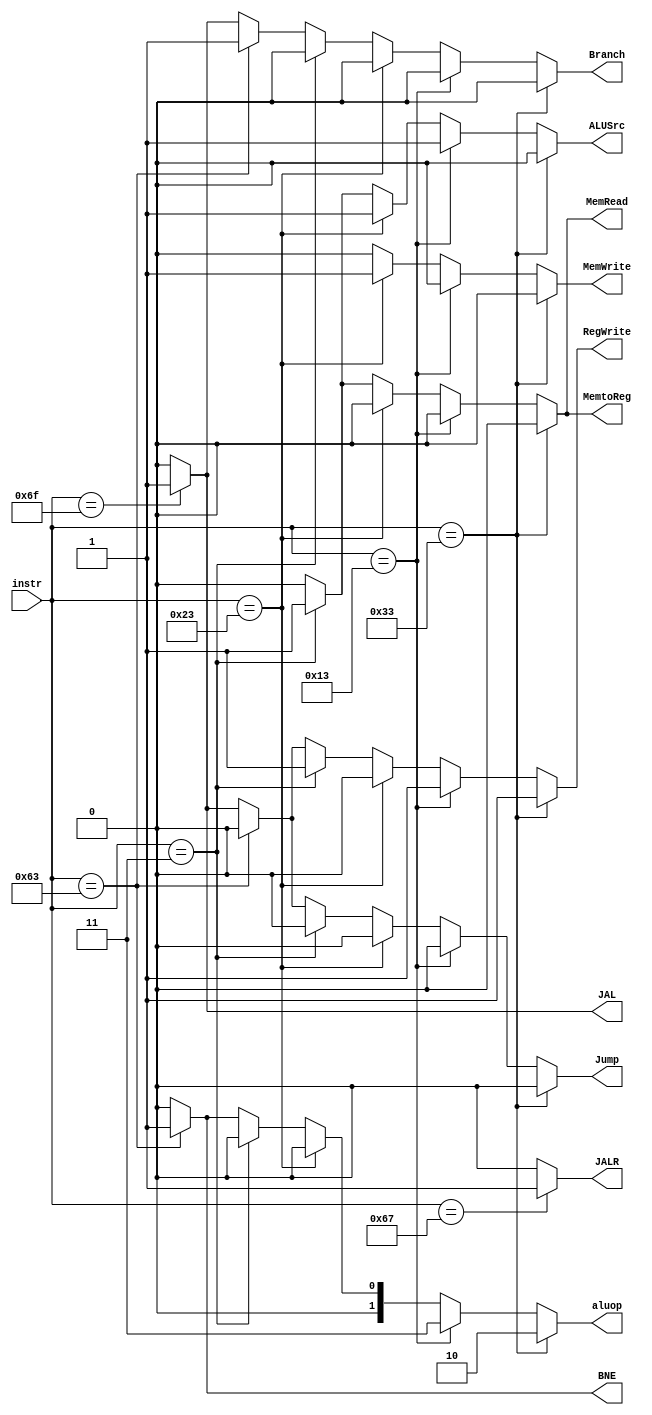
`timescale 1ns / 1ps
//////////////////////////////////////////////////////////////////////////////////
// Company: 
// Engineer: 
// 
// Design Name: 
// Module Name: 
// Project Name: 
// Target Devices: 
// Tool Versions: 
// Description: 
// 
// Dependencies: 
// 
// Revision:
// Revision 0.01 - File Created
// Additional Comments:
// 
//////////////////////////////////////////////////////////////////////////////////

module control_unit(
	input 	[6:0] instr,
	output [1:0] aluop,
	output	Branch,
	output  MemRead,
	output  MemtoReg,
	output  MemWrite,
	output  ALUSrc,
	output  RegWrite,
	output  Jump,
	output JALR,
	output BNE,
	output JAL
);

assign Branch = (instr == 7'b0110011) ? 1'b0: //R-type
							  	(instr == 7'b0010011) ? 1'b0: // I-type
								(instr == 7'b0100011) ? 1'b0: // S-type
								(instr == 7'b0000011) ? 1'b0:	 // L-type
								(instr == 7'b1100011) ? 1'b1:	 // B-type
								(instr == 7'b1101111) ? 1'b1:	 // J-Type
								
									 1'b0; //default
assign aluop = (instr == 7'b0110011) ? 2'b10: //R-type
							  	(instr == 7'b0010011) ? 2'b11: // I-type
								(instr == 7'b0100011) ? 2'b00: // S-type
								(instr == 7'b0000011) ? 2'b00:	 // L-type
								(instr == 7'b1100011) ? 2'b01:	 // B-type
								(instr == 7'b1101111) ? 2'b00:	 // JAL
								
									 2'b00;
assign MemRead = (instr == 7'b0110011) ? 1'b0: //R-type
							  	(instr == 7'b0010011) ? 1'b0: // I-type
								(instr == 7'b0100011) ? 1'b0: // S-type
								(instr == 7'b0000011) ? 1'b1:	 // L-type
								(instr == 7'b1100011) ? 1'b0:	 // B-type
								(instr == 7'b1101111) ? 1'b0:	 // JAL
								
									 1'b0; //default
assign MemtoReg = (instr == 7'b0110011) ? 1'b0: //R-type
							  	(instr == 7'b0010011) ? 1'b0: // I-type
								(instr == 7'b0100011) ? 1'b0: // S-type
								(instr == 7'b0000011) ? 1'b1:	 // L-type
								(instr == 7'b1100011) ? 1'b0:	 // B-type
								(instr == 7'b1101111) ? 1'b0:	 // JAL
								
									 1'b0; //default
assign MemWrite = (instr == 7'b0110011) ? 1'b0: //R-type
							  	(instr == 7'b0010011) ? 1'b0: // I-type
								(instr == 7'b0100011) ? 1'b1: // S-type
								(instr == 7'b0000011) ? 1'b0:	 // L-type
								(instr == 7'b1100011) ? 1'b0:	 // B-type
								(instr == 7'b1101111) ? 1'b0:	 // JAL
								//(instr == 7'b0010011) ? 1'b0:	 // JALR
									 1'b0; //default
assign ALUSrc = (instr == 7'b0110011) ? 1'b0: //R-type
							  	(instr == 7'b0010011) ? 1'b1: // I-type
								(instr == 7'b0100011) ? 1'b1: // S-type
								(instr == 7'b0000011) ? 1'b1:	 // L-type
								(instr == 7'b1100011) ? 1'b0:	 // B-type
								(instr == 7'b1101111) ? 1'b0:	 // JAL
									 1'b0; //default
assign RegWrite = (instr == 7'b0110011) ? 1'b1: //R-type
							  	(instr == 7'b0010011) ? 1'b1: // I-type
								(instr == 7'b0100011) ? 1'b0: // S-type
								(instr == 7'b0000011) ? 1'b1:	 // L-type
								(instr == 7'b1100011) ? 1'b0:	 // B-type
								(instr == 7'b1101111) ? 1'b1:	 // JAL
								
									 1'b0; //default
assign Jump = (instr == 7'b0110011) ? 1'b0: //R-type
							  	(instr == 7'b0010011) ? 1'b0: // I-type
								(instr == 7'b0100011) ? 1'b0: // S-type
								(instr == 7'b0000011) ? 1'b0:	 // L-type
								(instr == 7'b1100011) ? 1'b0:	 // B-type
								(instr == 7'b1101111) ? 1'b1:	 // JAL
								
									 1'b0; //default

//Flags for BNE and JALR
assign BNE = (instr == 7'b1100011) ? 1'b1 : 1'b0;
assign JALR = (instr == 7'b1100111) ? 1'b1 : 1'b0;
assign JAL = (instr == 7'b1101111) ? 1'b1: 1'b0;
								
endmodule